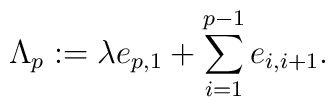
\Lambda_p:=\lambda e_{p,1} +\sum_{i=1}^{p-1} e_{i,i+1}.